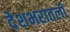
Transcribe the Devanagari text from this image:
देशभरातली